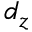
d _ { z }